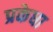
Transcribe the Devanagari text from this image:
प्रकेधा